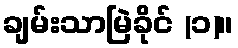
ချမ်းသာမြဲခိုင် (၁)။